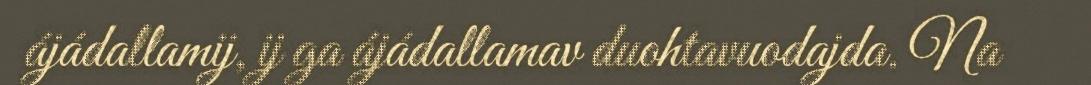
ájádallamij, ij ga ájádallamav duohtavuodajda. Na